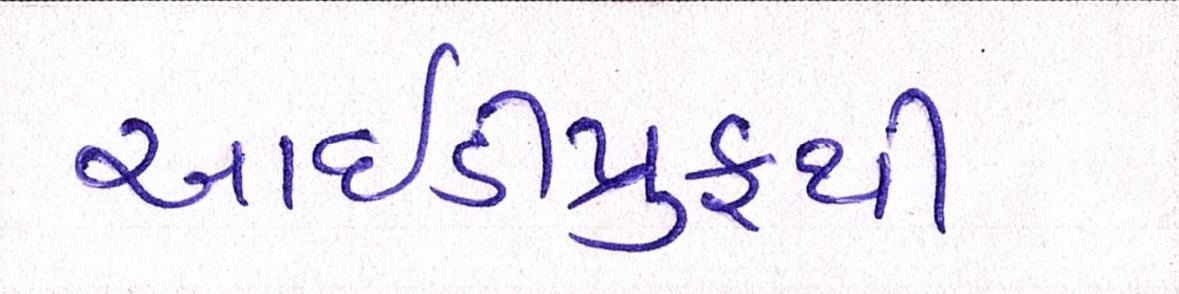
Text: આઇડીપ્રુફથી